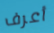
أعرف